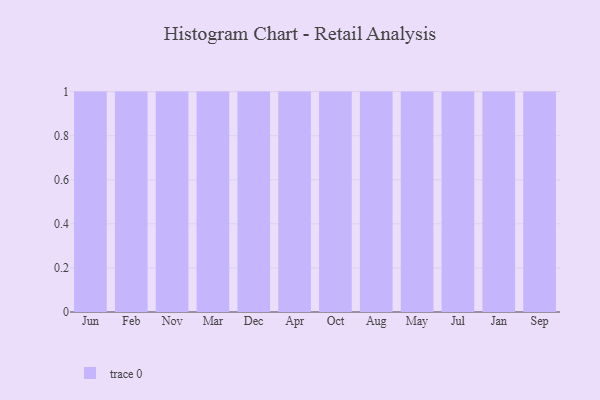
{"axis": {"x": "Month", "y": "Churn Rate (%)"}, "legend": [""], "data": [{"x": "Jun", "y": 80, "type": ""}, {"x": "Feb", "y": 71, "type": ""}, {"x": "Nov", "y": 75, "type": ""}, {"x": "Mar", "y": 67, "type": ""}, {"x": "Dec", "y": 47, "type": ""}, {"x": "Apr", "y": 36, "type": ""}, {"x": "Oct", "y": 35, "type": ""}, {"x": "Aug", "y": 37, "type": ""}, {"x": "May", "y": 76, "type": ""}, {"x": "Jul", "y": 27, "type": ""}, {"x": "Jan", "y": 10, "type": ""}, {"x": "Sep", "y": 52, "type": ""}]}